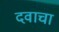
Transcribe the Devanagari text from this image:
दवाचा